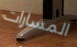
المسارات